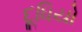
દૂધિયો